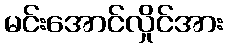
မင်းအောင်လှိုင်အား